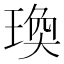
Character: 瑍